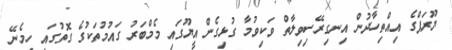
ޔޫރަޕްގެ އިއްތިހާދުން އިނގިރޭސިވިލާތް ވަކިވުމާ ގުޅިގެން އީޔޫގައި މެމްބަރު ގައުމުތަކުގެ ގޮތުގައި ހިމެނޭ